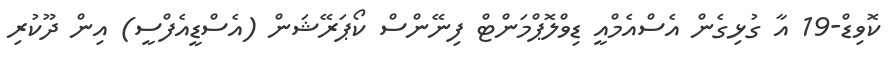
ކޮވިޑް-19 އާ ގުޅިގެން އެސްއެމްއީ ޑިވްލޮޕްމަންޓް ފިނޭންސް ކޯޕަރޭޝަން (އެސްޑީއެފްސީ) އިން ދޫކުރި